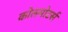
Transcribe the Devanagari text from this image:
कोलमोटर्स